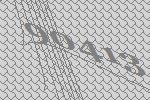
90413